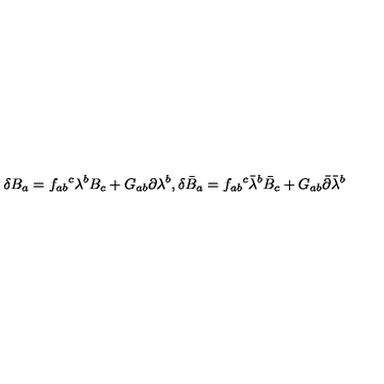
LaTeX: \delta B _ { a } = f _ { a b } { } ^ { c } \lambda ^ { b } B _ { c } + G _ { a b } \partial \lambda ^ { b } , \delta \bar { B } _ { a } = f _ { a b } { } ^ { c } \bar { \lambda } ^ { b } \bar { B } _ { c } + G _ { a b } \bar { \partial } \bar { \lambda } ^ { b }